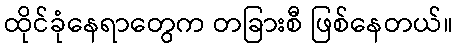
ထိုင်ခုံနေရာတွေက တခြားစီ ဖြစ်နေတယ်။